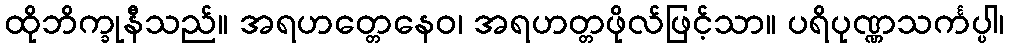
ထိုဘိက္ခုနီသည်။ အရဟတ္တေနေဝ၊ အရဟတ္တဖိုလ်ဖြင့်သာ။ ပရိပုဏ္ဏသင်္ကပ္ပါ၊